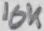
Text: 10K